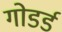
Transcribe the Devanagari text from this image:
गोडर्ड